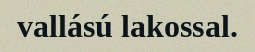
vallású lakossal.